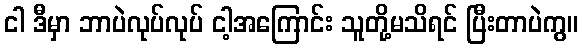
ငါ ဒီမှာ ဘာပဲလုပ်လုပ် ငါ့အကြောင်း သူတို့မသိရင် ပြီးတာပဲကွ။